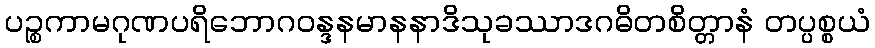
ပဉ္စကာမဂုဏပရိဘောဂဝန္ဒနမာနနာဒိသုခဿာဒဂဓိတစိတ္တာနံ တပ္ပစ္စယံ